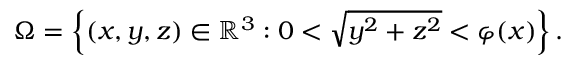
\begin{array} { r } { \Omega = \left\{ ( x , y , z ) \in \mathbb { R } ^ { 3 } : 0 < \sqrt { y ^ { 2 } + z ^ { 2 } } < \varphi ( x ) \right\} . } \end{array}